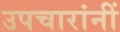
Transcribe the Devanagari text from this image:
उपचारांनीं